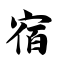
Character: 宿